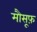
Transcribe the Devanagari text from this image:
मौसूफ़